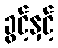
ခွင့်နှင့်